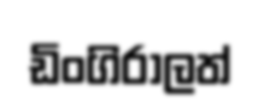
ඩිංගිරාලත්